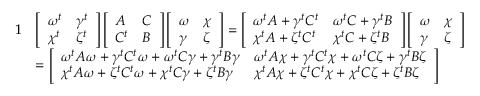
\begin{array} { r l } { { 1 } } & { \left[ \begin{array} { l l } { \omega ^ { t } } & { \gamma ^ { t } } \\ { \chi ^ { t } } & { \zeta ^ { t } } \end{array} \right] \left[ \begin{array} { l l } { A } & { C } \\ { C ^ { t } } & { B } \end{array} \right] \left[ \begin{array} { l l } { \omega } & { \chi } \\ { \gamma } & { \zeta } \end{array} \right] = \left[ \begin{array} { l l } { \omega ^ { t } A + \gamma ^ { t } C ^ { t } } & { \omega ^ { t } C + \gamma ^ { t } B } \\ { \chi ^ { t } A + \zeta ^ { t } C ^ { t } } & { \chi ^ { t } C + \zeta ^ { t } B } \end{array} \right] \left[ \begin{array} { l l } { \omega } & { \chi } \\ { \gamma } & { \zeta } \end{array} \right] } \\ & { = \left[ \begin{array} { l l } { \omega ^ { t } A \omega + \gamma ^ { t } C ^ { t } \omega + \omega ^ { t } C \gamma + \gamma ^ { t } B \gamma } & { \omega ^ { t } A \chi + \gamma ^ { t } C ^ { t } \chi + \omega ^ { t } C \zeta + \gamma ^ { t } B \zeta } \\ { \chi ^ { t } A \omega + \zeta ^ { t } C ^ { t } \omega + \chi ^ { t } C \gamma + \zeta ^ { t } B \gamma } & { \chi ^ { t } A \chi + \zeta ^ { t } C ^ { t } \chi + \chi ^ { t } C \zeta + \zeta ^ { t } B \zeta } \end{array} \right] } \end{array}